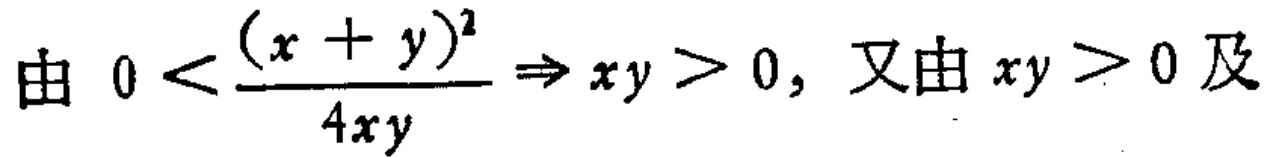
由 \(0 < \frac{(x + y)^2}{4xy} \Rightarrow xy > 0,\) 又由 \(xy > 0\) 及